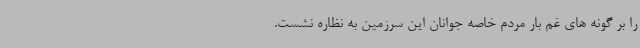
را بر گونه های غم بار مردم خاصه جوانان این سرزمین به نظاره نشست.